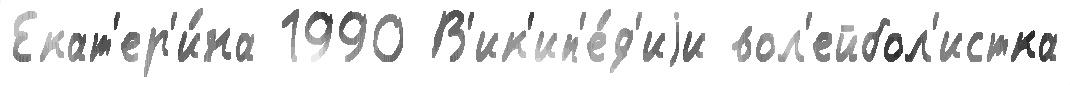
Екат'ер'и́на 1990 В'ик'ип'е́д'иjи вол'ейбол'истка